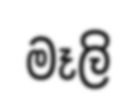
මෑලි